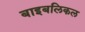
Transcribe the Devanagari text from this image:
बाइबलिकल